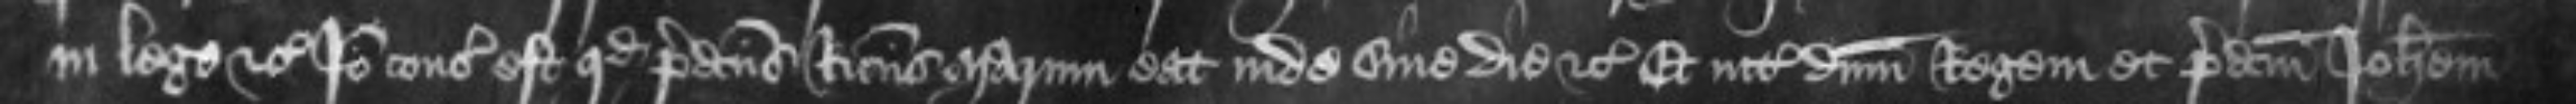
in lege etc Ideo consideratum est quod predictus Ricardus Marum eat inde sine die etc Et inter dominum Regem et predictum Johannem